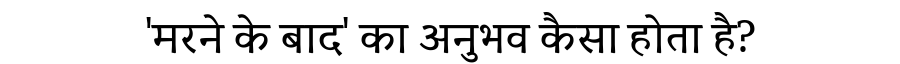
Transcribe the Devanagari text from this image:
'मरने के बाद' का अनुभव कैसा होता है?